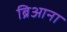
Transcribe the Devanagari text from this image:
ब्रिआना